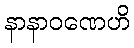
နာနာဝဏေဟိ